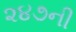
૨૪૭ની